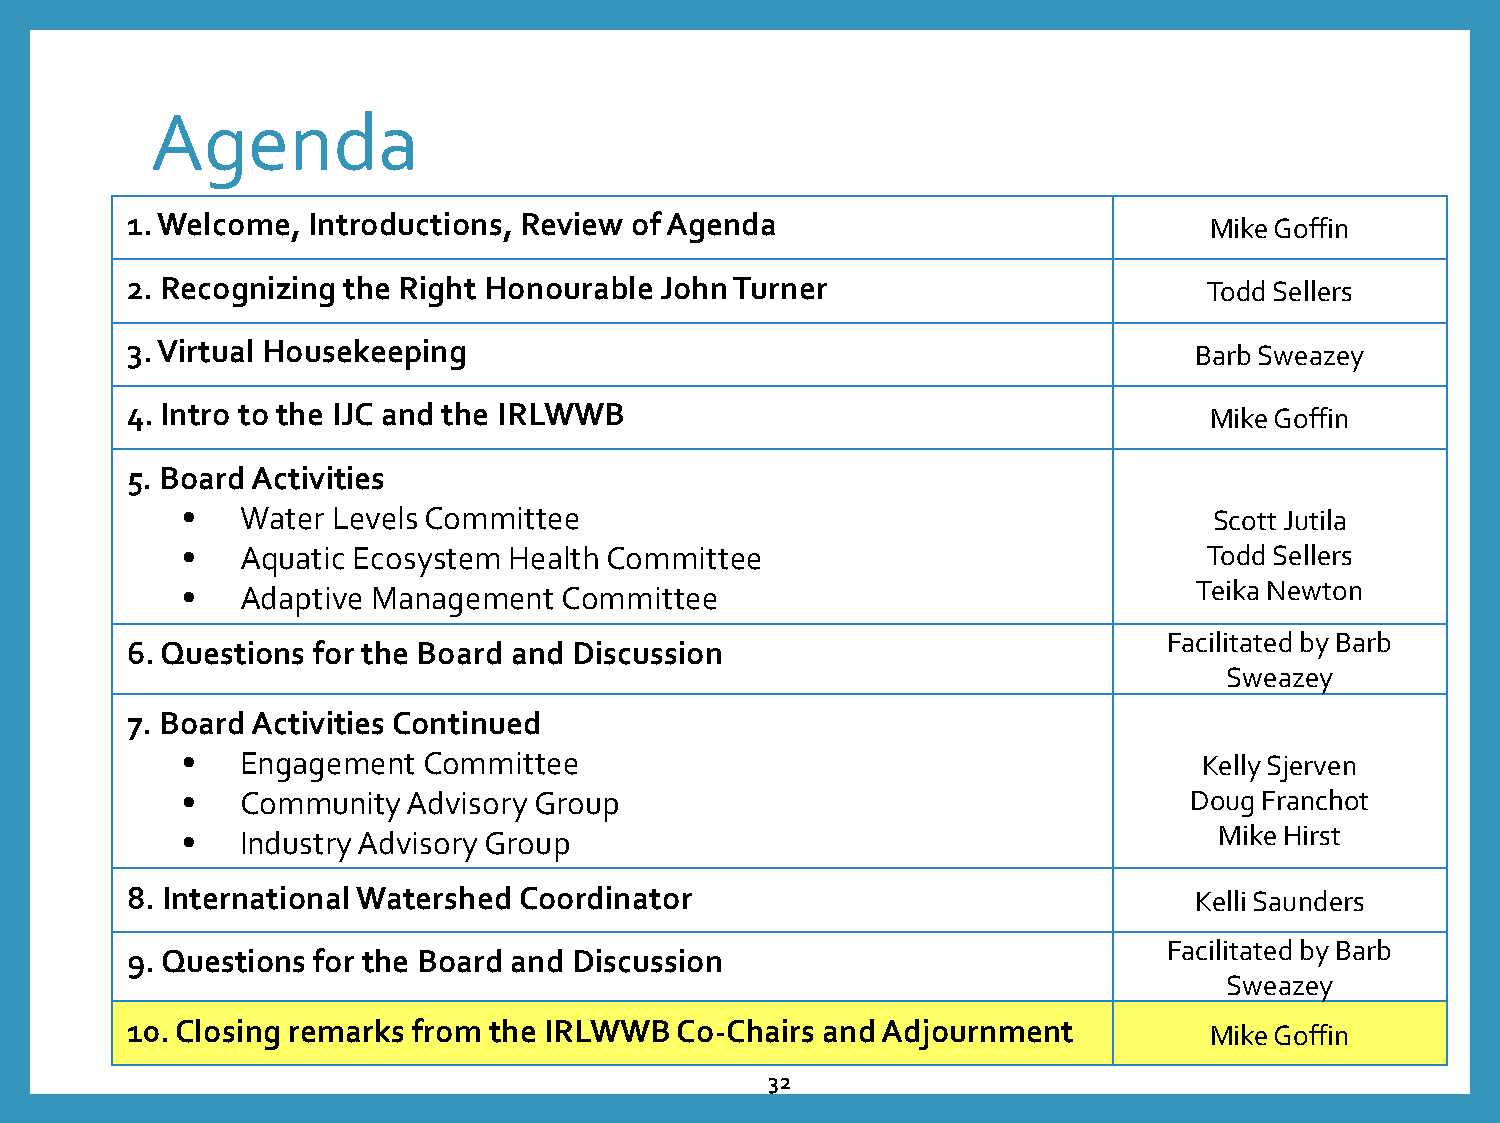
Agenda
 1. Welcome, Introductions, Review of Agenda                             Mike Goffin
 2. Recognizing the Right Honourable John Turner                         Todd Sellers
 3. Virtual Housekeeping                                                Barb Sweazey
 4. Intro to the IJC and the IRLWWB                                      Mike Goffin
 5. Board Activities
 •   Water Levels Committee                                          Scott Jutila
 •   Aquatic Ecosystem Health Committee                              Todd Sellers
 •   Adaptive Management  Committee                                 Teika Newton
 Facilitated by Barb
 6. Questions for the Board and Discussion
 Sweazey
 7. Board Activities Continued
 •   Engagement  Committee                                           Kelly Sjerven
 •   Community  Advisory Group                                      Doug Franchot
 •   Industry Advisory Group                                          Mike Hirst
 8. International Watershed Coordinator                                 Kelli Saunders
 Facilitated by Barb
 9. Questions for the Board and Discussion
 Sweazey
 10. Closing remarks from the IRLWWB  Co-Chairs and Adjournment          Mike Goffin
 32